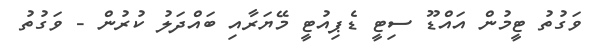
ވަގުތު ޓީމުން އައްޑޫ ސިޓީ ޑެޕިއުޓީ މޭޔަރާއި ބައްދަލު ކުރުން - ވަގުތު